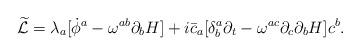
LaTeX: \begin{align*}{\widetilde{\cal L}}=\lambda_{a}[{\dot\phi }^{a}-\omega^{ab}\partial_{b}H]+i{\bar c}_{a}[\delta^{a}_{b}\partial_{t}-\omega^{ac}\partial_{c}\partial_{b}H]c^{b}.\end{align*}